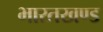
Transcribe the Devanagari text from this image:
भारतखण्ड